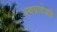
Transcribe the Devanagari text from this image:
स्वप्नादेशके